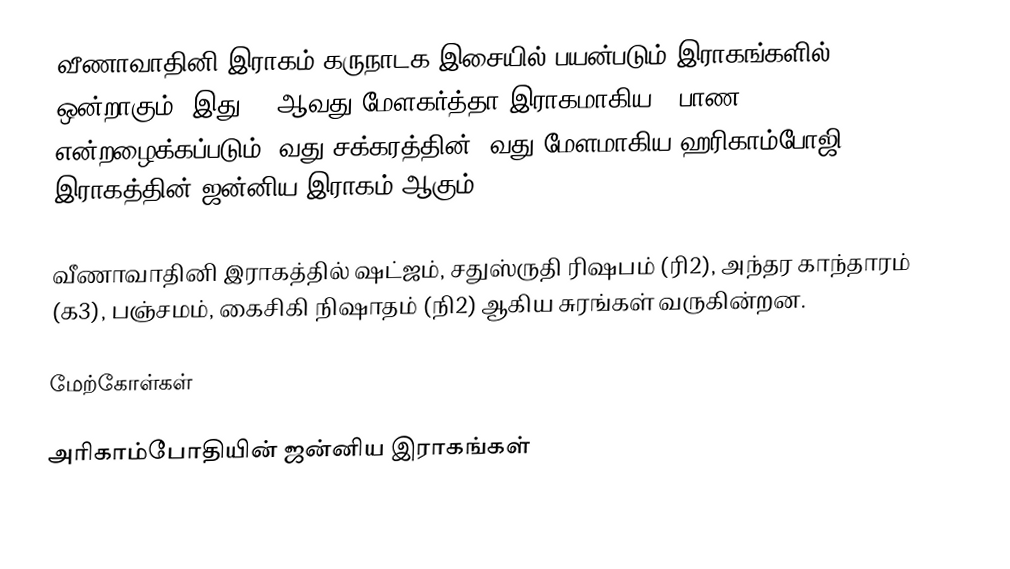
வீணாவாதினி இராகம் கருநாடக இசையில் பயன்படும் இராகங்களில் ஒன்றாகும். இது 28 ஆவது மேளகர்த்தா இராகமாகிய, "பாண" என்றழைக்கப்படும் 5வது சக்கரத்தின் 4வது மேளமாகிய ஹரிகாம்போஜி இராகத்தின் ஜன்னிய இராகம் ஆகும்.

வீணாவாதினி இராகத்தில் ஷட்ஜம், சதுஸ்ருதி ரிஷபம் (ரி2), அந்தர காந்தாரம் (க3), பஞ்சமம், கைசிகி நிஷாதம் (நி2) ஆகிய சுரங்கள் வருகின்றன.

மேற்கோள்கள்

அரிகாம்போதியின் ஜன்னிய இராகங்கள்